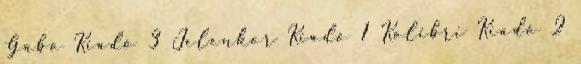
Gabo Kiadó 3 Jelenkor Kiadó 1 Kolibri Kiadó 2